Indian journal of veterinary science and animal husbandry - Volume 6,
Year: 1936
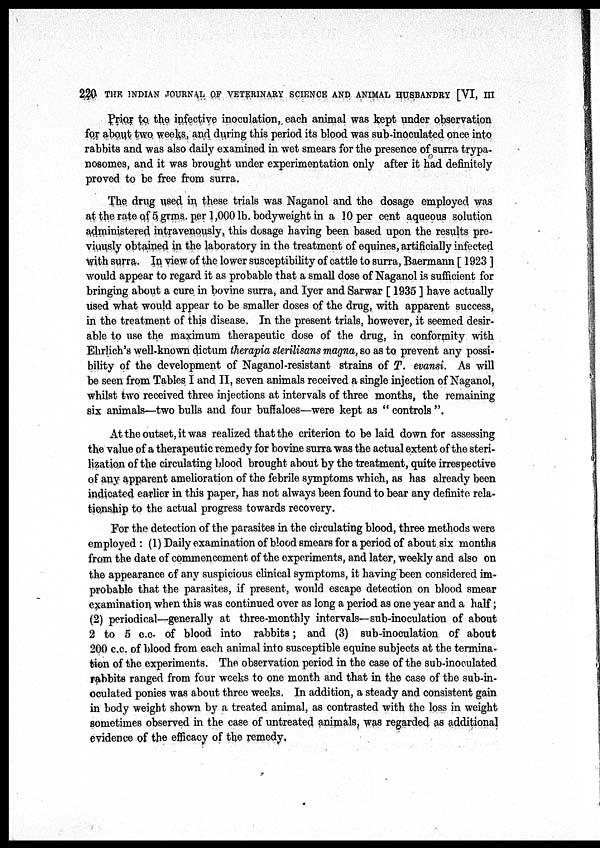
220 THE INDIAN JOURNAL OF VETERINARY SCIENCE AND ANIMAL HUSBANDRY [VI, III
Prior to the infective inoculation, each animal was kept under observation
for about two weeks, and during this period its blood was sub-inoculated once into
rabbits and was also daily examined in wet smears for the presence of surra trypa-
nosomes, and it was brought under experimentation only after it had definitely
proved to be free from surra.
The drug used in these trials was Naganol and the dosage employed was
at the rate of 5 grms. per 1,000 lb. bodyweight in a 10 per cent aqueous solution
administered intravenously, this dosage having been based upon the results pre-
viously obtained in the laboratory in the treatment of equines, artificially infected
with surra. In view of the lower susceptibility of cattle to surra, Baermann [ 1923 ]
would appear to regard it as probable that a small dose of Naganol is sufficient for
bringing about a cure in bovine surra, and Iyer and Sarwar [ 1935 ] have actually
used what would appear to be smaller doses of the drug, with apparent success,
in the treatment of this disease. In the present trials, however, it seemed desir-
able to use the maximum therapeutic dose of the drug, in conformity with
Ehrlich's well-known dictum therapia sterilisans magna, so as to prevent any possi-
bility of the development of Naganol-resistant strains of T. evansi. As will
be seen from Tables I and II, seven animals received a single injection of Naganol,
whilst two received three injections at intervals of three months, the remaining
six animals—two bulls and four buffaloes—were kept as " controls ".
At the outset, it was realized that the criterion to be laid down for assessing
the value of a therapeutic remedy for bovine surra was the actual extent of the steri-
lization of the circulating blood brought about by the treatment, quite irrespective
of any apparent amelioration of the febrile symptoms which, as has already been
indicated earlier in this paper, has not always been found to bear any definite rela-
tionship to the actual progress towards recovery.
For the detection of the parasites in the circulating blood, three methods were
employed : (1) Daily examination of blood smears for a period of about six months
from the date of commencement of the experiments, and later, weekly and also on
the appearance of any suspicious clinical symptoms, it having been considered im-
probable that the parasites, if present, would escape detection on blood smear
examination when this was continued over as long a period as one year and a half;
(2) periodical—generally at three-monthly intervals—sub-inoculation of about
2 to 5 c.c. of blood into rabbits; and (3) sub-inoculation of about
200 c.c. of blood from each animal into susceptible equine subjects at the termina-
tion of the experiments. The observation period in the case of the sub-inoculated
rabbits ranged from four weeks to one month and that in the case of the sub-in-
oculated ponies was about three weeks. In addition, a steady and consistent gain
in body weight shown by a treated animal, as contrasted with the loss in weight
sometimes observed in the case of untreated animals, was regarded as additional
evidence of the efficacy of the remedy.